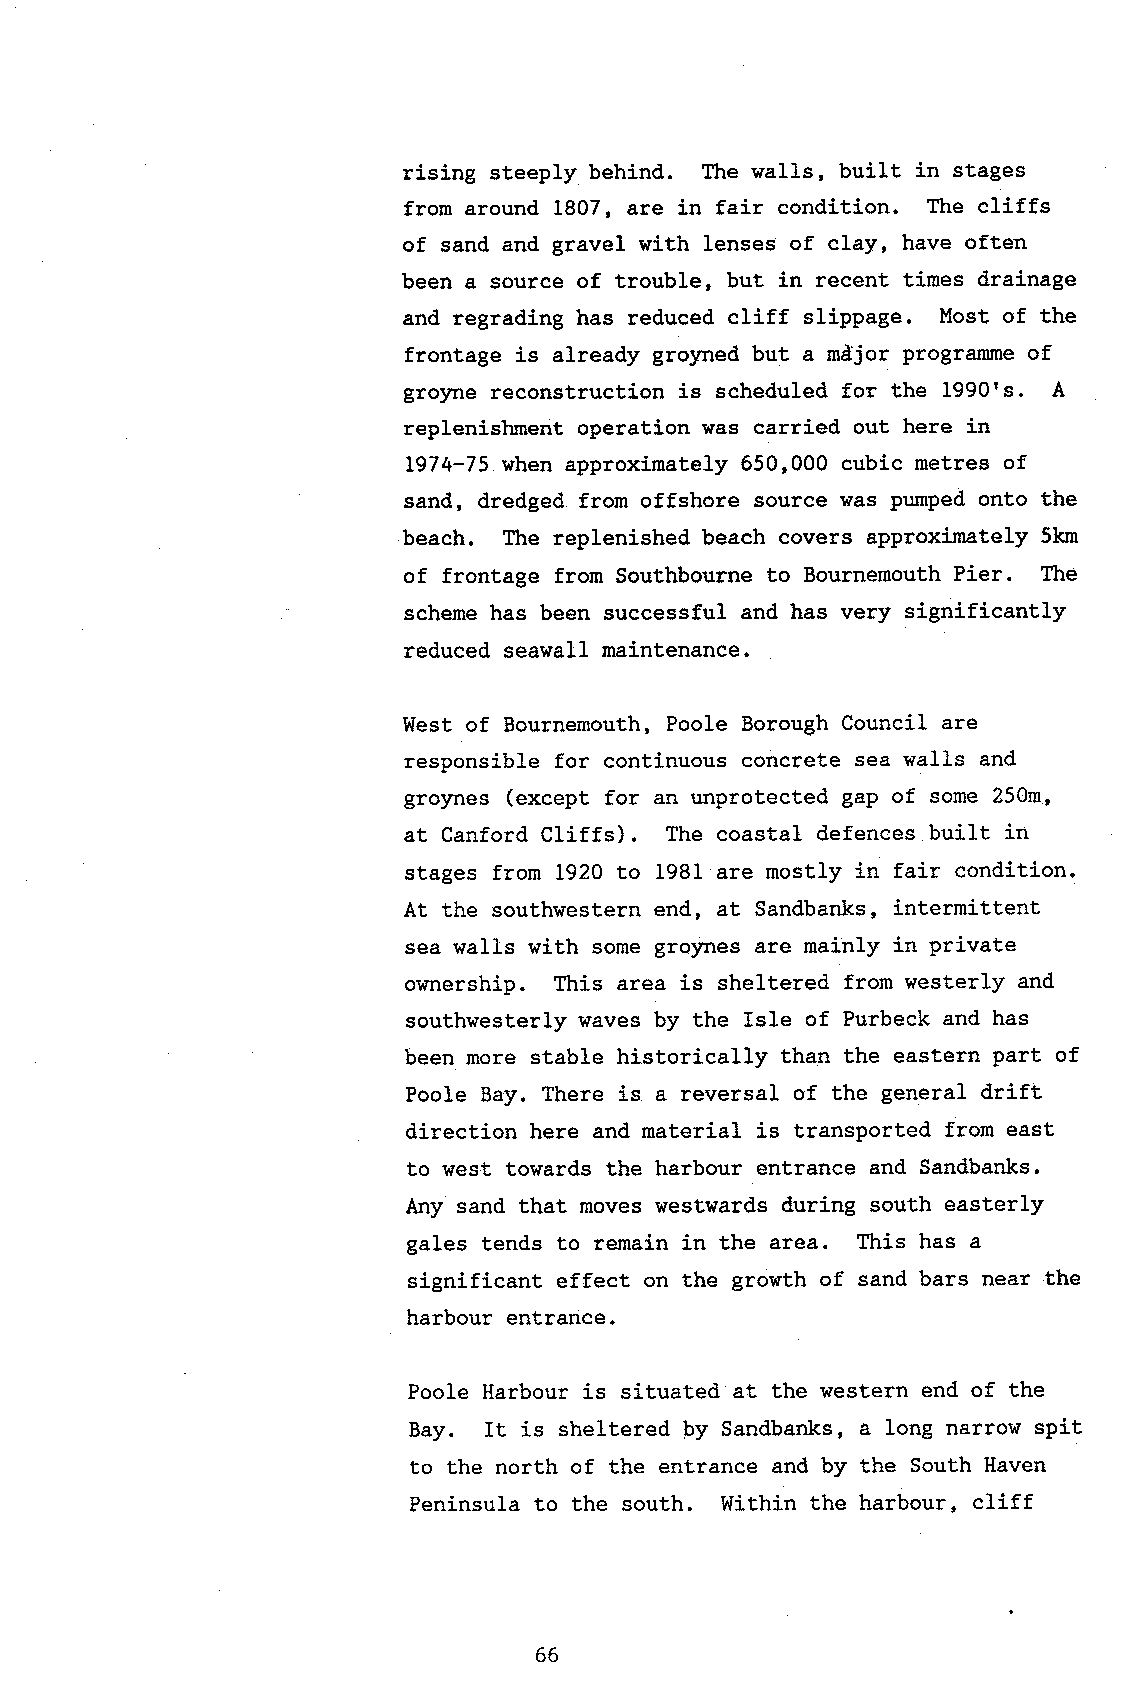
rising steeply behind. The walIs, built in stages
 from around 1807, are in fair condition. The cliffs
 of sand and gravel with lenses of clay, have often
 been a source of trouble, but in recent tines drainage
 and regrading has reduced cliff slippage. Most of the
 frontage is already groyned but a mtljor programme of
 groyne reconstruction is scheduled for the 1990rs. A
 replenishment operation was carried out here in
 L974-75 when approximately 650,000 cubic metres of
 sand, dredged from offshore source lras pumped onto the
 beach. The replenished beach covers approximately 5km
 of frontage from Southbourne to Bournemouth Pier. Ihe
 scheme has been successful and has very significantly
 reduced seawall maintenance.
 West of Bournemouth, Poole Borough Council are
 responsible for continuous concrete sea walls and
 gro1rnes (except for an unprotected gap of some 250m,
 at Canford Cliffs). The coastal defences built in
 stages from 1920 to 19Bl are mostly in fair condition.
 At the southwestern end, at Sandbanks, intermittent
 sea walls with some gro)mes are mainly in private
 ownership. This area is sheltered from westerly and
 southwesterly waves by the Isle of Purbeek and has
 been more stable historically than the eastern part of
 Poole Bay. There is a reversal of the general drift
 direction here and material is transported from east
 to west towards the harbour entrance and Sandbanks.
 Any sand that moves westwards during south easterly
 gales tends to remain in the area. This has a
 significant effect on the growth of sand bars near the
 harbour entrance.
 Poole Harbour is situated at the western end of the
 Bay. It is sheltered by Sandbanks, a long narrow spit
 to the north of the entrance and by the South Haven
 Peninsula to the south. Within the harbour, cliff
 66